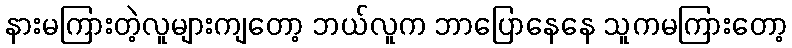
နားမကြားတဲ့လူများကျတော့ ဘယ်လူက ဘာပြောနေနေ သူကမကြားတော့